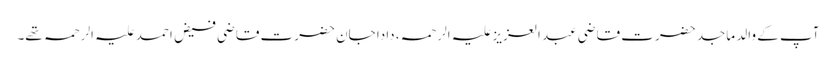
آپ کے والد ماجد حضرت قاضی عبد العزیز علیہ الرحمہ، دادا جان حضرت قاضی فیض احمد علیہ الرحمہ تھے۔